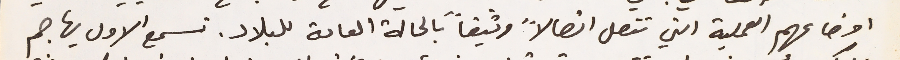
اوضاعهم العملية التي تتصل اتصالاً وثيقاً بالحالة العامة للبلاد. تسمع الاول يهاجم